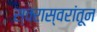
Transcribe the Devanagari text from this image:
स्वरास्वरांतून